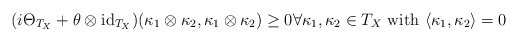
\begin{align*} (i\Theta_{T_X}+\theta\otimes\mathrm{id}_{T_X})(\kappa_1\otimes\kappa_2,\kappa_1\otimes\kappa_2)\geq0 \forall\kappa_1,\kappa_2\in T_X~\mathrm{with}~\langle\kappa_1,\kappa_2\rangle=0 \end{align*}